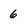
Character: 6